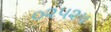
૦૨૫૨૫